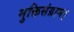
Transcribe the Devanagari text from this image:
मुक्तिसंग्राम।